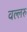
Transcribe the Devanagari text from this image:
वल्लरु